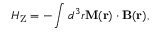
H _ { \mathrm { Z } } = - \int d ^ { 3 } r \mathbf { M } ( \mathbf { r } ) \cdot \mathbf { B } ( \mathbf { r } ) ,